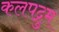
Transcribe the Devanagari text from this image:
कलपद्रुम